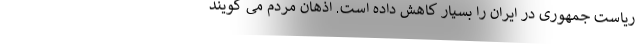
ریاست جمهوری در ایران را بسیار کاهش داده است. اذهان مردم می گویند